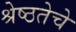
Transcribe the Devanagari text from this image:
श्रेष्ठतेचे